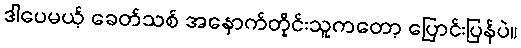
ဒါပေမယ့် ခေတ်သစ် အနောက်တိုင်းသူကတော့ ပြောင်းပြန်ပဲ။